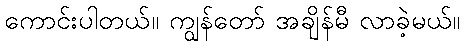
ကောင်းပါတယ်။ ကျွန်တော် အချိန်မီ လာခဲ့မယ်။